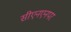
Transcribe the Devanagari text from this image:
सीएनएनपर